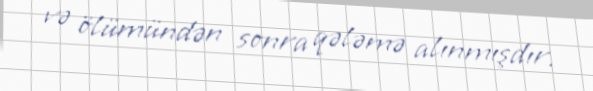
və ölümündən sonra qələmə alınmışdır.